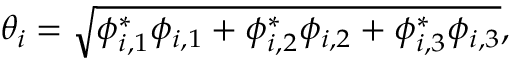
\theta _ { i } = \sqrt { \phi _ { i , 1 } ^ { * } \phi _ { i , 1 } + \phi _ { i , 2 } ^ { * } \phi _ { i , 2 } + \phi _ { i , 3 } ^ { * } \phi _ { i , 3 } } ,